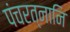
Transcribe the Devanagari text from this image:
पंचरत्नानि